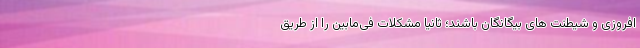
افروزی و شیطنت های بیگانگان باشند؛ ثانیا مشکلات فی‌مابین را از طریق